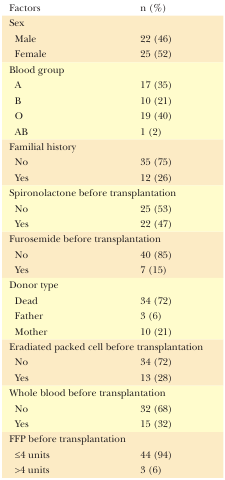
<table><thead><tr><td><b>Factors</b></td><td><b>n (%)</b></td></tr></thead><tbody><tr><td colspan="2">Sex</td></tr><tr><td>Male</td><td>22 (46)</td></tr><tr><td>Female</td><td>25 (52)</td></tr><tr><td colspan="2">Blood group</td></tr><tr><td>A</td><td>17 (35)</td></tr><tr><td>B</td><td>10 (21)</td></tr><tr><td>O</td><td>19 (40)</td></tr><tr><td>AB</td><td>1 (2)</td></tr><tr><td colspan="2">Familial history</td></tr><tr><td>No</td><td>35 (75)</td></tr><tr><td>Yes</td><td>12 (26)</td></tr><tr><td colspan="2">Spironolactone before transplantation</td></tr><tr><td>No</td><td>25 (53)</td></tr><tr><td>Yes</td><td>22 (47)</td></tr><tr><td colspan="2">Furosemide before transplantation </td></tr><tr><td>No</td><td>40 (85)</td></tr><tr><td>Yes</td><td>7 (15)</td></tr><tr><td colspan="2">Donor type</td></tr><tr><td>Dead</td><td>34 (72)</td></tr><tr><td>Father</td><td>3 (6)</td></tr><tr><td>Mother</td><td>10 (21)</td></tr><tr><td colspan="2">Eradiated packed cell before transplantation</td></tr><tr><td>No</td><td>34 (72)</td></tr><tr><td>Yes</td><td>13 (28)</td></tr><tr><td colspan="2">Whole blood before transplantation</td></tr><tr><td>No</td><td>32 (68)</td></tr><tr><td>Yes</td><td>15 (32)</td></tr><tr><td colspan="2">FFP before transplantation</td></tr><tr><td>≤4 units</td><td>44 (94)</td></tr><tr><td>&gt;4 units</td><td>3 (6)</td></tr></tbody></table>